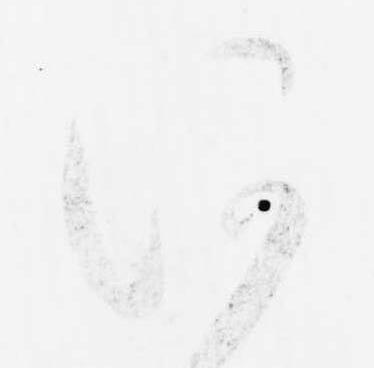
何